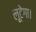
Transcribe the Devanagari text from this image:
लूटेगा।